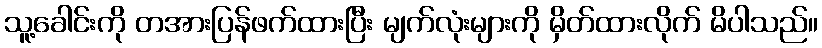
သူ့ခေါင်းကို တအားပြန်ဖက်ထားပြီး မျက်လုံးများကို မှိတ်ထားလိုက် မိပါသည်။